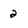
Character: 2